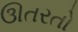
ઊતરતો